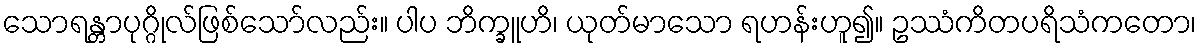
သောရန္တာပုဂ္ဂိုလ်ဖြစ်သော်လည်း။ ပါပ ဘိက္ခူဟိ၊ ယုတ်မာသော ရဟန်းဟူ၍။ ဥဿံကိတပရိသံကတော၊